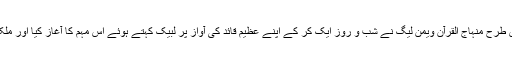
محترمہ سمیرا رفاقت نے کانفرنس کی شرکاء کو بتایا کہ کس طرح منہاج القرآن ویمن لیگ نے شب و روز ایک کر کے اپنے عظیم قائد کی آواز پر لبیک کہتے ہوئے اس مہم کا آغاز کیا اور ملک کے طول و عرض میں امدادی کارروائیوں کا جال بچھا دیا۔